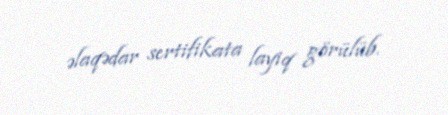
əlaqədar sertifikata layiq görülüb.